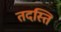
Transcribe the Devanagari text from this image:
तदस्ति